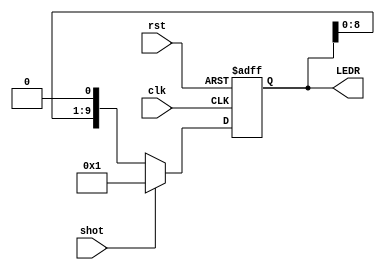
module ledMeteor(
    clk,
    rst,
    shot,
    LEDR
);

input	     clk, rst, shot;
output [9:0] LEDR;

reg [9:0] count = 1'b1;

assign LEDR     = count;

always @ (posedge clk or negedge rst)
begin
    if (!rst)
    begin
        count <= 1'b1;
    end
    else if (!shot)
    begin
        count <= count << 1;
    end
    else if (shot)
    begin
        count <= 1'b1;
    end
end

endmodule